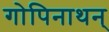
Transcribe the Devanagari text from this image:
गोपिनाथन्